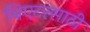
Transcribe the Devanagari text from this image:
थिएटरसाठी